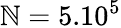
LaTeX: \mathbb{N}=5.10^{5}